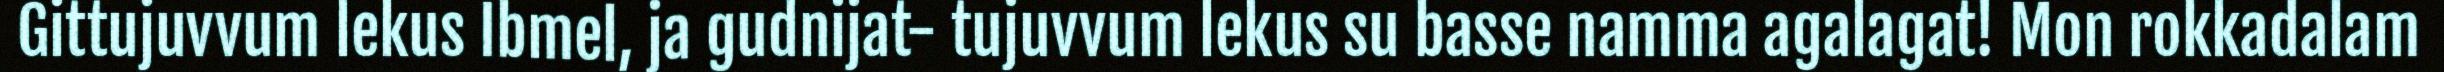
Gittujuvvum lekus Ibmel, ja gudnijat- tujuvvum lekus su basse namma agalagat! Mon rokkadalam